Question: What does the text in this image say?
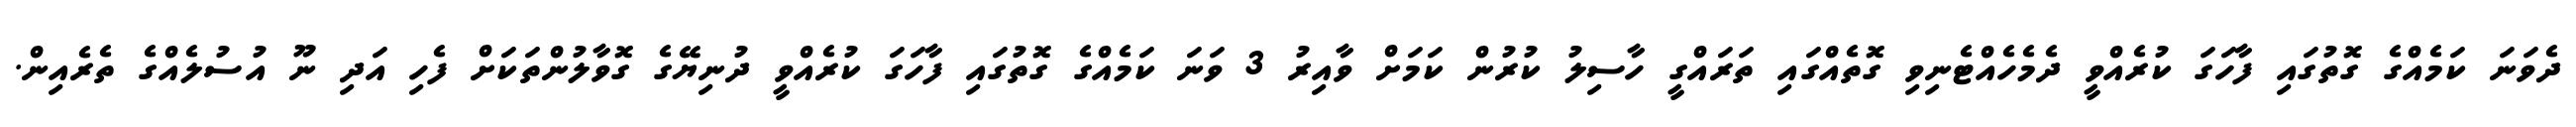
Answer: ދެވަނަ ކަމެއްގެ ގޮތުގައި ފާހަގަ ކުރެއްވީ ދެމެހެއްޓެނިވި ގޮތެއްގައި ތަރައްގީ ހާސިލު ކުރުން ކަމަށް ވާއިރު 3 ވަނަ ކަމެއްގެ ގޮތުގައި ފާހަގަ ކުރެއްވީ ދުނިޔޭގެ ގޮވާލުންތަކަށް ފެހި އަދި ނޫ އުސުލެއްގެ ތެރެއިން.